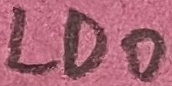
Text: LDO